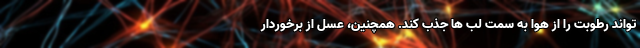
تواند رطوبت را از هوا به سمت لب ها جذب کند. همچنین، عسل از برخوردار